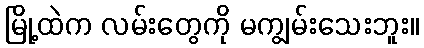
မြို့ထဲက လမ်းတွေကို မကျွမ်းသေးဘူး။